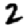
Digit: 2